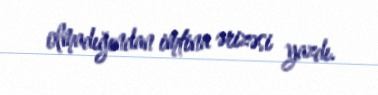
olmadığından imtina ərizəsi yazdı.